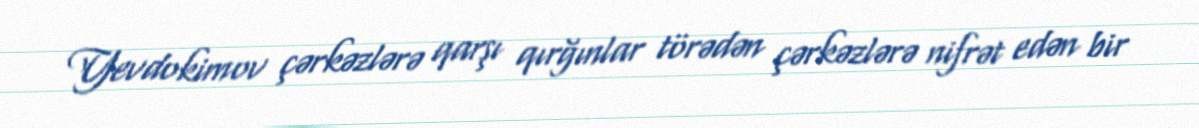
Yevdokimov çərkəzlərə qarşı qırğınlar törədən çərkəzlərə nifrət edən bir